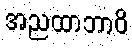
အညထာဘာဝိ